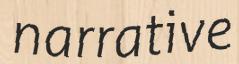
narrative